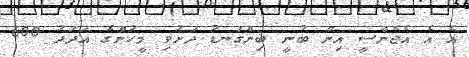
އެ އެ އެޖެންސީ އިން ބުނީ ބިންގަނޑު ދަށުވި މީހުންގެ އަދަދު 600